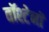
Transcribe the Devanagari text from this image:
वॉश्टेनॉ